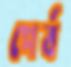
পের্ব